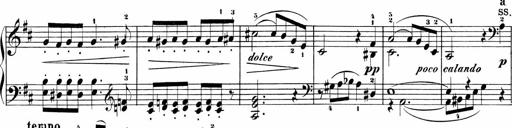
Title: Sonatinas
Composer: Andrew Violette